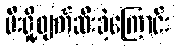
မီးရှို့ဖျက်ဆီးခဲ့ကြောင်း